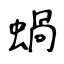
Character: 蝸